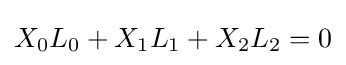
X_{0}L_{0}+X_{1}L_{1}+X_{2}L_{2}=0